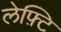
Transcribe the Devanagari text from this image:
लेफ़्टि